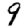
Digit: 9